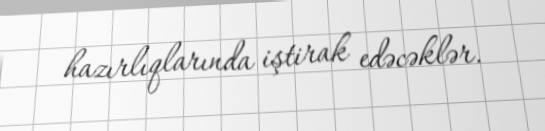
hazırlıqlarında iştirak edəcəklər.